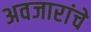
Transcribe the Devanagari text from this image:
अवजारांचे